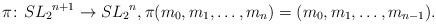
LaTeX: \begin{align*}\pi \colon {SL_2}^{n+1}\to {SL_2}^{n}, \pi(m_0, m_1, \dots, m_n)=(m_0, m_1, \dots, m_{n-1}).\end{align*}